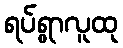
ရပ်ရွာလူထု